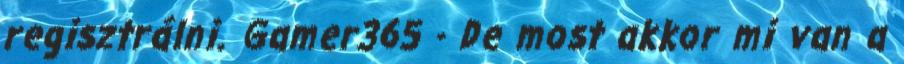
regisztrálni. Gamer365 - De most akkor mi van a